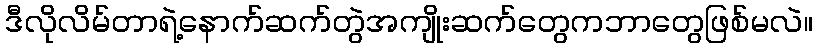
ဒီလိုလိမ်တာရဲ့နောက်ဆက်တွဲအကျိုးဆက်တွေကဘာတွေဖြစ်မလဲ။